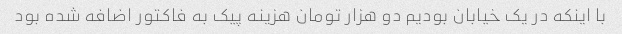
با اینکه در یک خیابان بودیم دو هزار تومان هزینه پیک به فاکتور اضافه شده بود